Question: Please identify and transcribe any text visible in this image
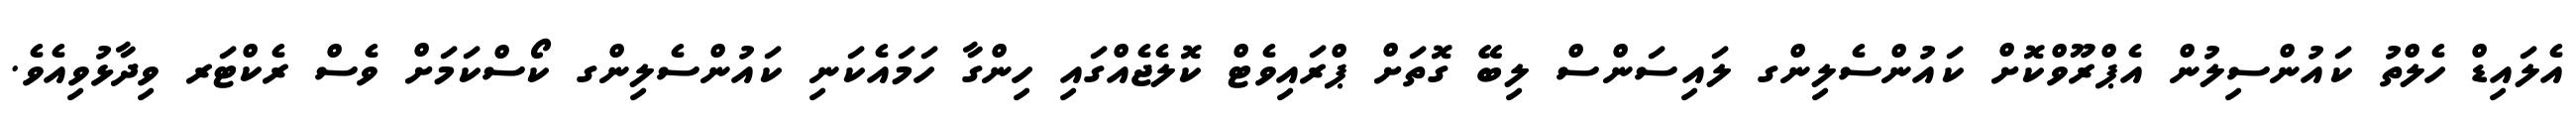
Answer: އެލައިޑް ހެލްތު ކައުންސިލުން އެޕްރޫވްކޮށް ކައުންސެލިންގ ލައިސަންސް ލިބޭ ގޮތަށް ޕްރައިވެޓް ކޮލެޖެއްގައި ހިންގާ ހަމައެކަނި ކައުންސެލިންގ ކޯސްކަމަށް ވެސް ރެކްޓަރ ވިދާޅުވިއެވެ.